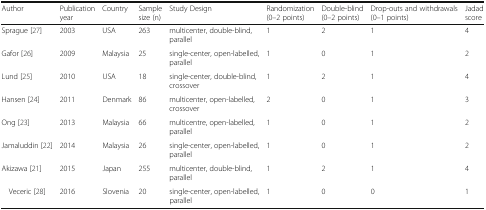
<table><thead><tr><td><b>Author</b></td><td><b>Publication year</b></td><td><b>Country</b></td><td><b>Sample size (n)</b></td><td><b>Study Design</b></td><td><b>Randomization (0–2 points)</b></td><td><b>Double-blind (0–2 points)</b></td><td><b>Drop-outs and withdrawals (0–1 points)</b></td><td><b>Jadad score</b></td></tr></thead><tbody><tr><td>Sprague [27]</td><td>2003</td><td>USA</td><td>263</td><td>multicenter, double-blind, parallel</td><td>1</td><td>2</td><td>1</td><td>4</td></tr><tr><td>Gafor [26]</td><td>2009</td><td>Malaysia</td><td>25</td><td>single-center, open-labelled, parallel</td><td>1</td><td>0</td><td>1</td><td>2</td></tr><tr><td>Lund [25]</td><td>2010</td><td>USA</td><td>18</td><td>single-center, double-blind, crossover</td><td>1</td><td>2</td><td>1</td><td>4</td></tr><tr><td>Hansen [24]</td><td>2011</td><td>Denmark</td><td>86</td><td>multicenter, open-labelled, crossover</td><td>2</td><td>0</td><td>1</td><td>3</td></tr><tr><td>Ong [23]</td><td>2013</td><td>Malaysia</td><td>66</td><td>multicentre, open-labelled, parallel</td><td>1</td><td>0</td><td>1</td><td>2</td></tr><tr><td>Jamaluddin [22]</td><td>2014</td><td>Malaysia</td><td>26</td><td>single-center, open-labelled, parallel</td><td>1</td><td>0</td><td>1</td><td>2</td></tr><tr><td>Akizawa [21]</td><td>2015</td><td>Japan</td><td>255</td><td>multicenter, double-blind, parallel</td><td>1</td><td>2</td><td>1</td><td>4</td></tr><tr><td>Veceric [28]</td><td>2016</td><td>Slovenia</td><td>20</td><td>single-center, open-labelled, parallel</td><td>1</td><td>0</td><td>0</td><td>1</td></tr></tbody></table>